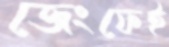
জেংফেই